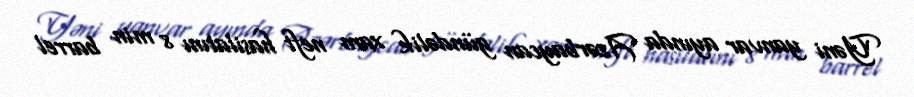
Yəni yanvar ayında Azərbaycan gündəlik xam neft hasilatını 8 min barrel